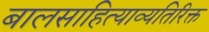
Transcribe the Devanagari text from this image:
बालसाहित्याव्यतिरिक्त